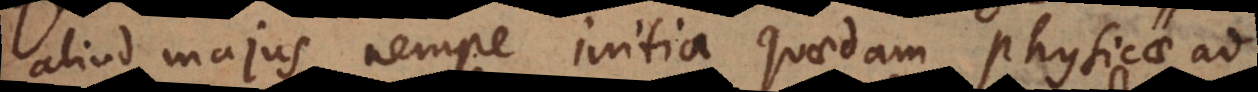
aliud majus, nempe initia quaedam Physicae ad